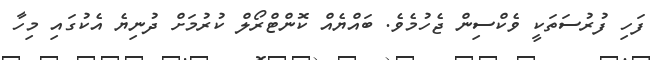
ފަހި ފުރުސަތަކީ ވެކްސިން ޖެހުމެވެ. ބައްޔެއް ކޮންޓްރޯލް ކުރުމަށް ދުނިޔެ އެކުގައި މިހާ